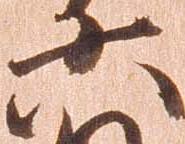
六